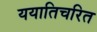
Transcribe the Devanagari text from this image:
ययातिचरित